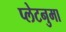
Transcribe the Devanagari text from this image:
प्‍लेटनुमा